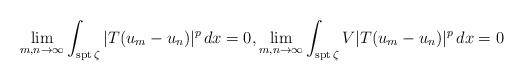
LaTeX: \begin{align*}\lim_{m,n\to\infty} \int_{\textrm{spt}\, \zeta} |T(u_m-u_n)|^{p} \,dx = 0, \lim_{m,n\to\infty} \int_{\textrm{spt}\,\zeta} V|T(u_m-u_n)|^p \,dx = 0\end{align*}